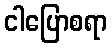
ငါပြောစရာ